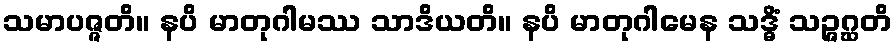
သမာပဇ္ဇတိ။ နပိ မာတုဂါမဿ သာဒိယတိ။ နပိ မာတုဂါမေန သဒ္ဓိံ သဉ္ဇဂ္ဃတိ